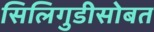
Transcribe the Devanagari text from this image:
सिलिगुडीसोबत